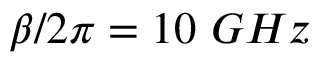
\beta / 2 \pi = 1 0 ~ G H z